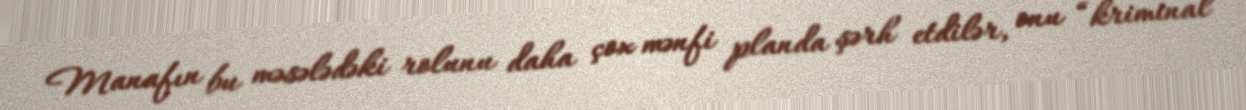
Manafın bu məsələdəki rolunu daha çox mənfi planda şərh etdilər, onu “kriminal